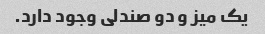
یک میز و دو صندلی وجود دارد.